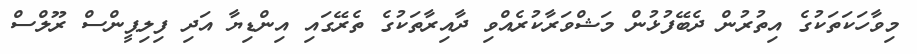
މިވާހަކަތަކުގެ އިތުރުން ދެބޭފުޅުން މަޝްވަރާކުރެއްވި ދާއިރާތަކުގެ ތެރޭގައި އިންޑިޔާ އަދި ފިލިޕީންސް ރޫލްސް